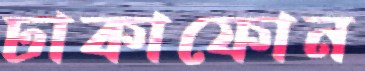
ঢাকাফোন